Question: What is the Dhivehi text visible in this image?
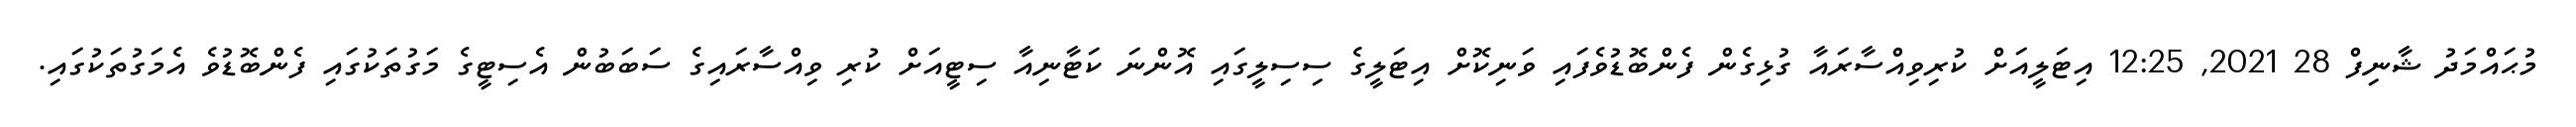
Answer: މުޙައްމަދު ޝާނިފް 28 2021, 12:25 އިޓަލީއަށް ކުރިވިއްސާރައާ ގުޅިގެން ފެންބޮޑުވެފައި ވަނިކޮށް އިޓަލީގެ ސިސިލީގައި އޮންނަ ކަޓާނިއާ ސިޓީއަށް ކުރި ވިއްސާރައިގެ ސަބަބުން އެސިޓީގެ މަގުތަކުގައި ފެންބޮޑުވެ އެމަގުތަކުގައި.